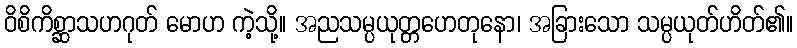
ဝိစိကိစ္ဆာသဟဂုတ် မောဟ ကဲ့သို့။ အညသမ္ပယုတ္တဟေတုနော၊ အခြားသော သမ္ပယုတ်ဟိတ်၏။